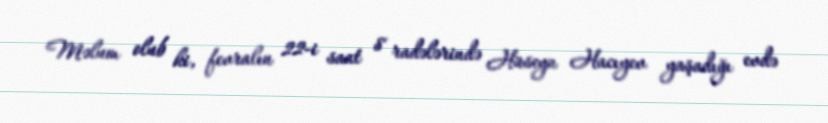
Məlum olub ki, fevralın 22-i saat 8 radələrində Hüseyn Hacıyev yaşadığı evdə